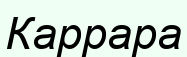
Каррара